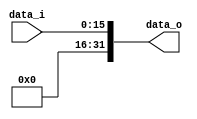
module Zero_Filled( data_i, data_o );

//I/O ports
input	[16-1:0] data_i;
output	[32-1:0] data_o;

//Internal Signals
wire	[32-1:0] data_o;

//Zero_Filled
assign data_o[15:0] = data_i[15:0];
assign data_o[16] = 0;
assign data_o[17] = 0;
assign data_o[18] = 0;
assign data_o[19] = 0;
assign data_o[20] = 0;
assign data_o[21] = 0;
assign data_o[22] = 0;
assign data_o[23] = 0;
assign data_o[24] = 0;
assign data_o[25] = 0;
assign data_o[26] = 0;
assign data_o[27] = 0;
assign data_o[28] = 0;
assign data_o[29] = 0;
assign data_o[30] = 0;
assign data_o[31] = 0;

endmodule